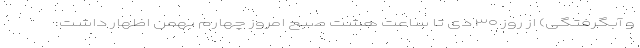
و آبگرفتگی) از روز ۳۰ دی تا ساعت هشت صبح امروز چهارم بهمن اظهار داشت: